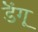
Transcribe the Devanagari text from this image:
डॆंगू